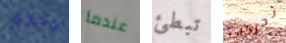
جدوى عندما تبطئ تحركات